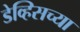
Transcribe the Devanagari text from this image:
डेव्हिसच्या